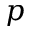
p